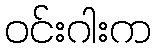
ဝင်းဂါးက